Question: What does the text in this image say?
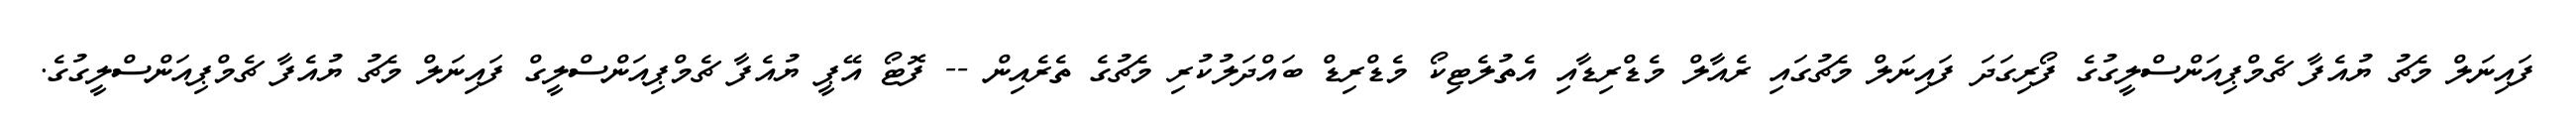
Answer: ފައިނަލް މެޗު ޔުއެފާ ޗެމްޕިއަންސްލީގުގެ ފޯރިގަދަ ފައިނަލް މެޗުގައި ރެއާލް މެޑްރިޑާއި އެތުލެޓިކޯ މެޑްރިޑް ބައްދަލުކުރި މެޗުގެ ތެރެއިން -- ފޮޓޯ އޭޕީ ޔުއެފާ ޗެމްޕިއަންސްލީގް ފައިނަލް މެޗު ޔުއެފާ ޗެމްޕިއަންސްލީގުގެ.